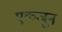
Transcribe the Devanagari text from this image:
एकजून